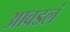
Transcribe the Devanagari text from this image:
आवडलं